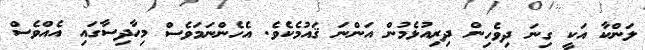
ލަންކާ އަކީ ގިނަ ދިވެހިން ދިރިއުޅެމުން އަންނަ ޤައުމެކެވެ. އެހެންނަމަވެސް މިހާދިސާގައި އެއްވެސް